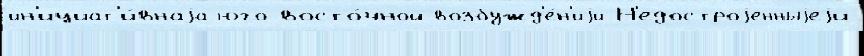
ин'ициат'и́внаjа юго-восто́чной возбужд'е́н'иjи Н'едостроjенныjеjи